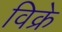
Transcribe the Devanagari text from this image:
विक्रे